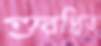
গুরপ্রিত